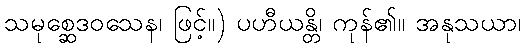
သမုစ္ဆေဒဝသေန၊ ဖြင့်။) ပဟီယန္တိ၊ ကုန်၏။ အနုသယာ၊